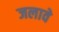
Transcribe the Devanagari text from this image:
जलावे